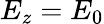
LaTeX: E_{z}=E_{0}